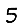
Digit: 5